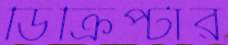
ডিক্রিপ্টার